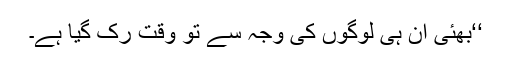
‘‘بھئی ان ہی لوگوں کی وجہ سے تو وقت رک گیا ہے۔